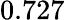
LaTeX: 0.727